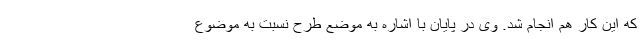
که این کار هم انجام شد. وی در پایان با اشاره به موضع طرح نسبت به موضوع